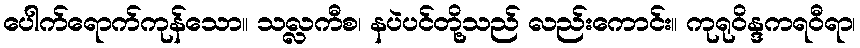
ပေါက်ရောက်ကုန်သော။ သလ္လကီစ၊ နပဲပင်တို့သည် လည်းကောင်း။ ကုရုဝိန္ဒကရဝီရာ၊